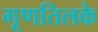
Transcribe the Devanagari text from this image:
गूणतिलके